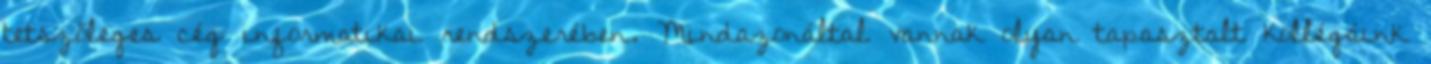
tetszőleges cég informatikai rendszerében. Mindazonáltal vannak olyan tapasztalt kollégáink